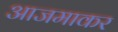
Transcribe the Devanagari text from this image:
आजमाकर